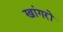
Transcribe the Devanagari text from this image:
खांगरों